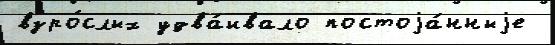
взро́слых удва́ивало постоjа́нныjе